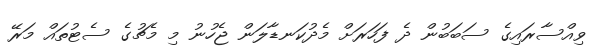
ވިއްސާރައިގެ ސަބަބުން ދެ ފަހަރަށް މެދުކަނޑާލަން ޖެހުނު މި މެޗުގެ ސެޓުތައް މަރޭ